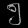
Digit: ၅